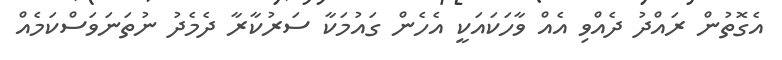
އެގޮތުން ރައްދު ދެއްވި އެއް ވާހަކައަކީ އެހެން ގައުމަކާ ސަރުކާރާ ދެމެދު ނުތަނަވަސްކަމެއް